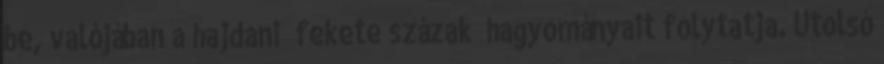
be, valójában a hajdani „fekete százak” hagyományait folytatja. Utolsó